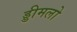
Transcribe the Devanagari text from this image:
ड्डीमलो